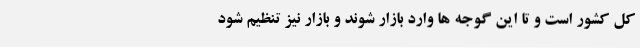
کل کشور است و تا این گوجه ها وارد بازار شوند و بازار نیز تنظیم شود